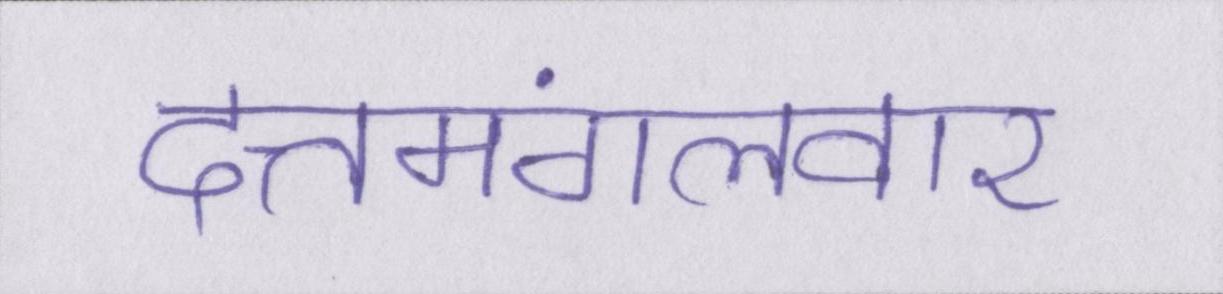
दत्तमंगलवार